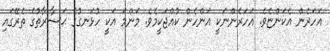
އަހަރެން އެކަންޏެވެ. އަހަރެންނަކީ އަންހެން ކުއްޖަކީމެވެ. މަންމަ އަކީ ހުޅަނގުގެ ޙަޟާރާތުގެ ތެރޭގައި